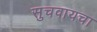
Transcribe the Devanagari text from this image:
सुचवायचा